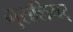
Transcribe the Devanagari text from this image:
मुसलियर्